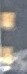
: